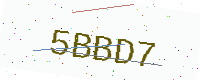
Text: 5BBD7